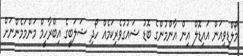
މޯލްޑިވިއަން އައިޑޮލް އިން އާންމުންގެ ބޮޑު ޝައުގުވެރިކަމެއް ހޯދި ޝަލަބީގެ އިބްރާހީމް މަންމަމެންނަށް